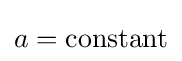
a=\mathrm {constant}